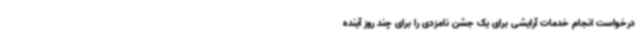
درخواست انجام خدمات آرایشی برای یک جشن نامزدی را برای چند روز آینده